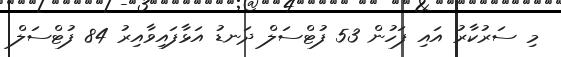
މި ސަރުކާރު އައި ފަހުން 53 ފުޓްސަލް ދަނޑު އަޅާފައިވާއިރު 84 ފުޓްސަލް